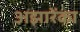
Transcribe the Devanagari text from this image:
अझारेंका